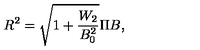
R ^ { 2 } = \sqrt { 1 + \frac { W _ { 2 } } { B _ { 0 } ^ { 2 } } } \Pi B ,